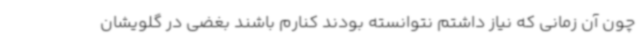
چون آن زمانی که نیاز داشتم نتوانسته بودند کنارم باشند بغضی در گلویشان